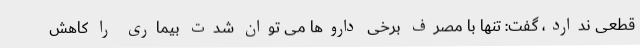
قطعی ندارد، گفت: تنها با مصرف برخی داروها می توان شدت بیماری را کاهش